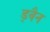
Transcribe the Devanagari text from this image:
ड्वैन